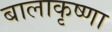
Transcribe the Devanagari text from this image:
बालाकृष्णा